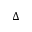
\Delta